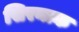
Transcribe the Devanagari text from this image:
सिरनाक